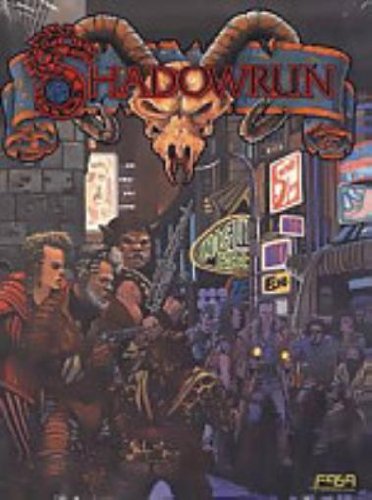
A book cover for Shadowrun Game Screen; FASA Corporation; Science Fiction & Fantasy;